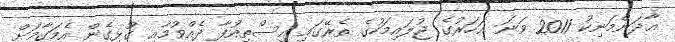
އާދަންމަނިކު 2011 ވަނަ އަހަރުގެ ޖުލައިމަހުގެ ތެރޭގައި އިސްތިއުފާ ދެއްވުމާއި ގުޅިގެން އެމަގާމަށް